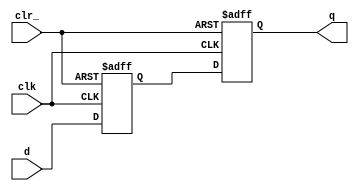
module p_SSYNC2DO_C_PP (
  clk
 ,d
 ,clr_
 ,q
 );
//---------------------------------------
//IO DECLARATIONS
input clk ;
input d ;
input clr_ ;
output q ;
reg q,d0;
always @(posedge clk or negedge clr_)
begin
    if(~clr_)
        {q,d0} <= 2'd0;
    else
        {q,d0} <= {d0,d};
end
endmodule